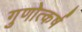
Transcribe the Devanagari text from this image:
गुणोत्कर्ष